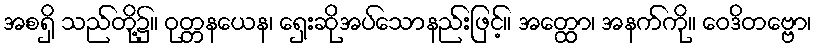
အစရှိ သည်တို့၌။ ဝုတ္တနယေန၊ ရှေးဆိုအပ်သောနည်းဖြင့်။ အတ္ထော၊ အနက်ကို။ ဝေဒိတဗ္ဗော၊